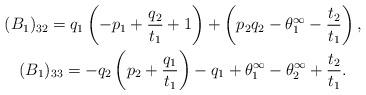
LaTeX: \begin{gather*}(B_1)_{32} =q_1\left( -p_1+\frac{q_2}{t_1}+1 \right)+\left( p_2q_2-\theta^\infty_1-\frac{t_2}{t_1} \right), \\(B_1)_{33} =-q_2\left( p_2+\frac{q_1}{t_1} \right)-q_1+\theta^\infty_1-\theta^\infty_2+\frac{t_2}{t_1}.\end{gather*}